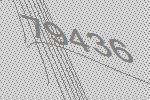
79436